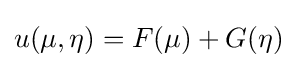
u(\mu ,\eta )=F(\mu )+G(\eta )